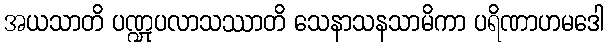
အယသာတိ ပဏ္ဍုပလာသဿာတိ သေနာသနသာမိကာ ပရိဏာဟမဒေါ